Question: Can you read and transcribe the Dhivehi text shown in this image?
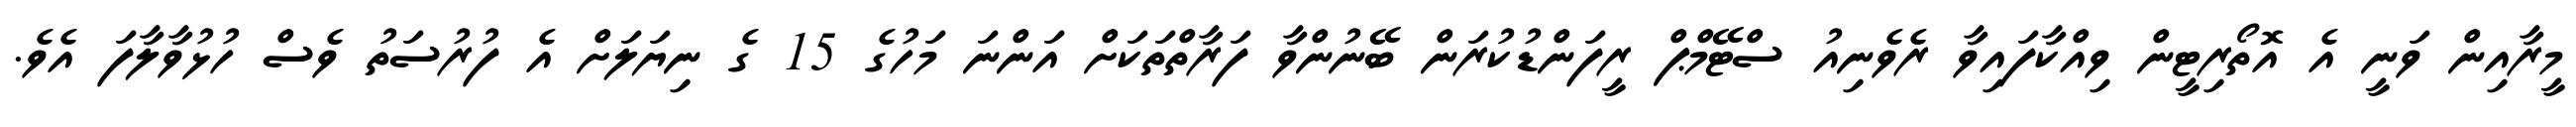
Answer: މީރާއިން ވަނީ އެ އޮތޯރިޓީން ވިއްކާފައިވާ ރެވެނިއު ސްޓޭމްޕް ރީފަންޑުކުރަން ބޭނުންވާ ފަރާތްތަކަށް އަންނަ މަހުގެ 15 ގެ ނިޔަލަށް އެ ފުރުސަތު ވެސް ހުޅުވާލާފަ އެވެ.